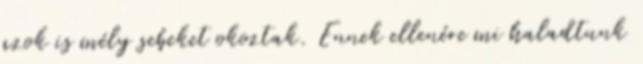
azok is mély sebeket okoztak. Ennek ellenére mi haladtunk